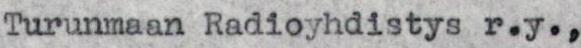
Turunmaan Radioyhdistys r.y.,